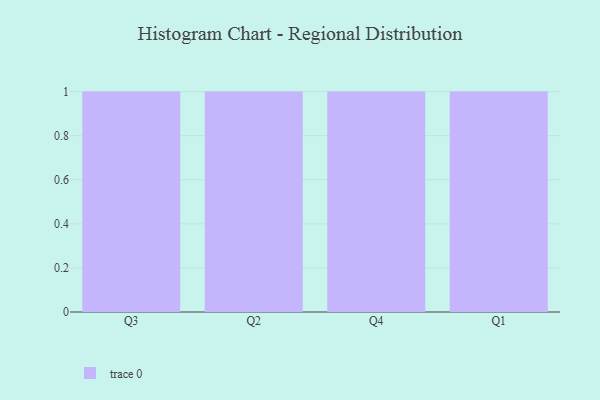
{"axis": {"x": "Quarter", "y": "Conversion Rate (%)"}, "legend": [""], "data": [{"x": "Q3", "y": 34, "type": ""}, {"x": "Q2", "y": 66, "type": ""}, {"x": "Q4", "y": 76, "type": ""}, {"x": "Q1", "y": 67, "type": ""}]}